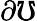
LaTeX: \partial\mho